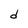
Character: d